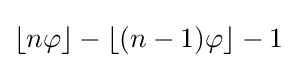
\lfloor n\varphi \rfloor -\lfloor (n-1)\varphi \rfloor -1